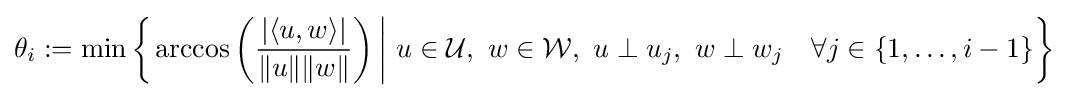
\theta _{i}:=\min \left\{\left.\arccos \left({\frac {|\langle u,w\rangle |}{\|u\|\|w\|}}\right)\,\right|\,u\in {\mathcal {U}},~w\in {\mathcal {W}},~u\perp u_{j},~w\perp w_{j}\quad \forall j\in \{1,\ldots ,i-1\}\right\}